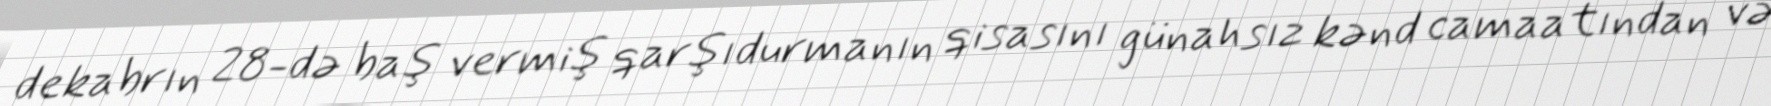
dekabrın 28-də baş vermiş qarşıdurmanın qisasını günahsız kənd camaatından və